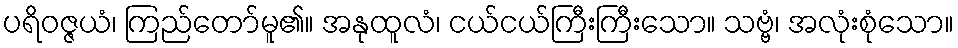
ပရိဝဇ္ဇယံ၊ ကြည်တော်မူ၏။ အနုထူလံ၊ ငယ်ငယ်ကြီးကြီးသော။ သဗ္ဗံ၊ အလုံးစုံသော။